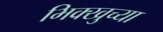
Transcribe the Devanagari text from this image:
भिक्खुच्या